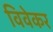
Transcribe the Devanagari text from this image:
विवेकर